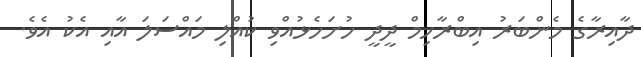
ދާއިރާގެ މެންބަރު އިބްރާހިމް ދީދީ ހުށަހެޅުއްވި ކުއްލި މައްސަލަ އާއި އެކު އެވެ.